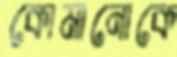
কোমানোকে